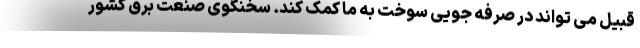
قبیل می تواند در صرفه جویی سوخت به ما کمک کند. سخنگوی صنعت برق کشور